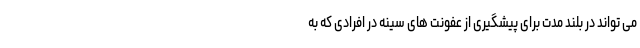
می تواند در بلند مدت برای پیشگیری از عفونت های سینه در افرادی که به